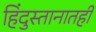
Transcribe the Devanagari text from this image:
हिंदुस्तानातही